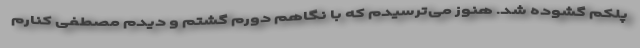
پلکم گشوده شد. هنوز می‌ترسیدم که با نگاهم دورم گشتم و دیدم مصطفی کنارم